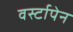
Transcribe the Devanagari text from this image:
वर्स्टापेन